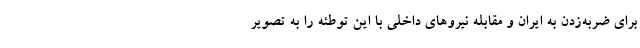
برای ضربه‌زدن به ایران و مقابله نیروهای داخلی با این توطئه را به تصویر